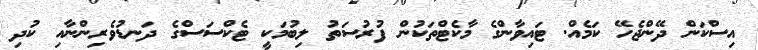
އިސްކަން ދޭންޖެހޭ ކަމެއް. ޓައިވާންގެ މާކެޓްތަކުން ފުރުސަތު ލިބުމަކީ ޓެކްސަސްގެ ދަނޑުވެރިންނާއި ކުދި